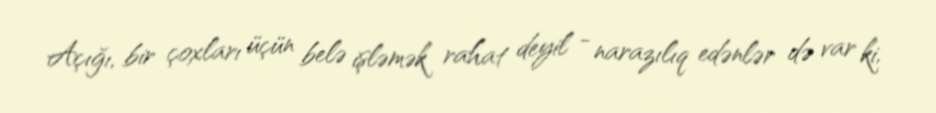
Açığı, bir çoxları üçün belə işləmək rahat deyil - narazılıq edənlər də var ki,